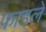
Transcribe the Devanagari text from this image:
फाडले